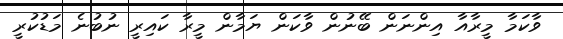
ވާކަމާ މީރާއާ އިންނަން ބޭނުން ވާކަން ޔަމާން މީރާ ކައިރީ ނުބުނެ މަޑުކުރީ